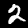
Digit: 2